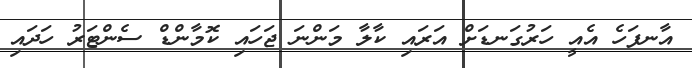
އާނފަހެ އެއީ ހަރުގަނޑަށް އަރައި ކާލާ މަންނަ ޖަހައި ކޮމާންޑް ސެންޓަރު ހަދައި